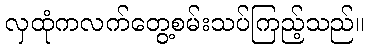
လှထုံကလက်တွေ့စမ်းသပ်ကြည့်သည်။